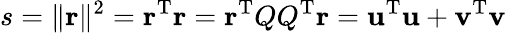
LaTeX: s=\| \mathbf{r}\| ^{2}=\mathbf{r}^{\mathrm{{T}}}\mathbf{r}=\mathbf{r}^{\mathrm{{T}}}QQ^{\mathrm{{T}}}\mathbf{r}=\mathbf{u}^{\mathrm{{T}}}\mathbf{u}+\mathbf{v}^{\mathrm{{T}}}\mathbf{v}